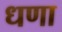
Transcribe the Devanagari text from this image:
धणा